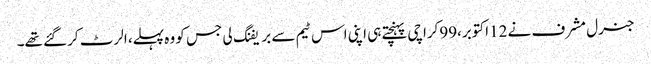
جنرل مشرف نے 12اکتوبر،99کراچی پہنچتے ہی اپنی اس ٹیم سے بریفنگ لی جس کو وہ پہلے، الرٹ کرگئے تھے۔